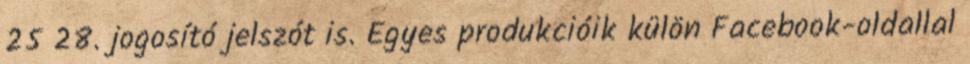
25 28. jogosító jelszót is. Egyes produkcióik külön Facebook-oldallal